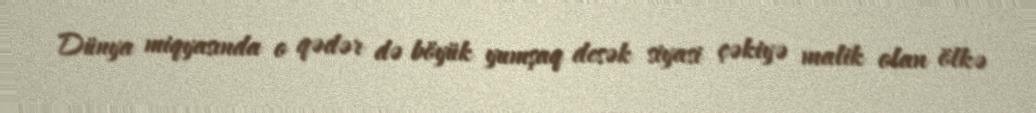
Dünya miqyasında o qədər də böyük yumşaq desək siyasi çəkiyə malik olan ölkə